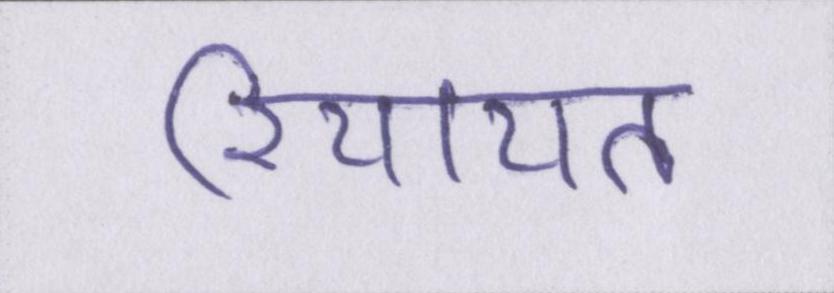
रियायत